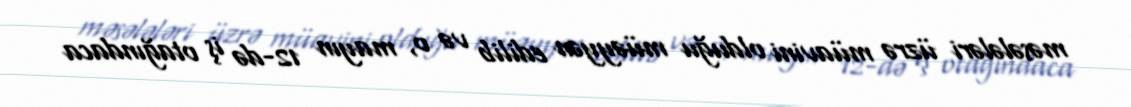
məsələləri üzrə müavini olduğu müəyyən edilib və o, mayın 12-də iş otağındaca